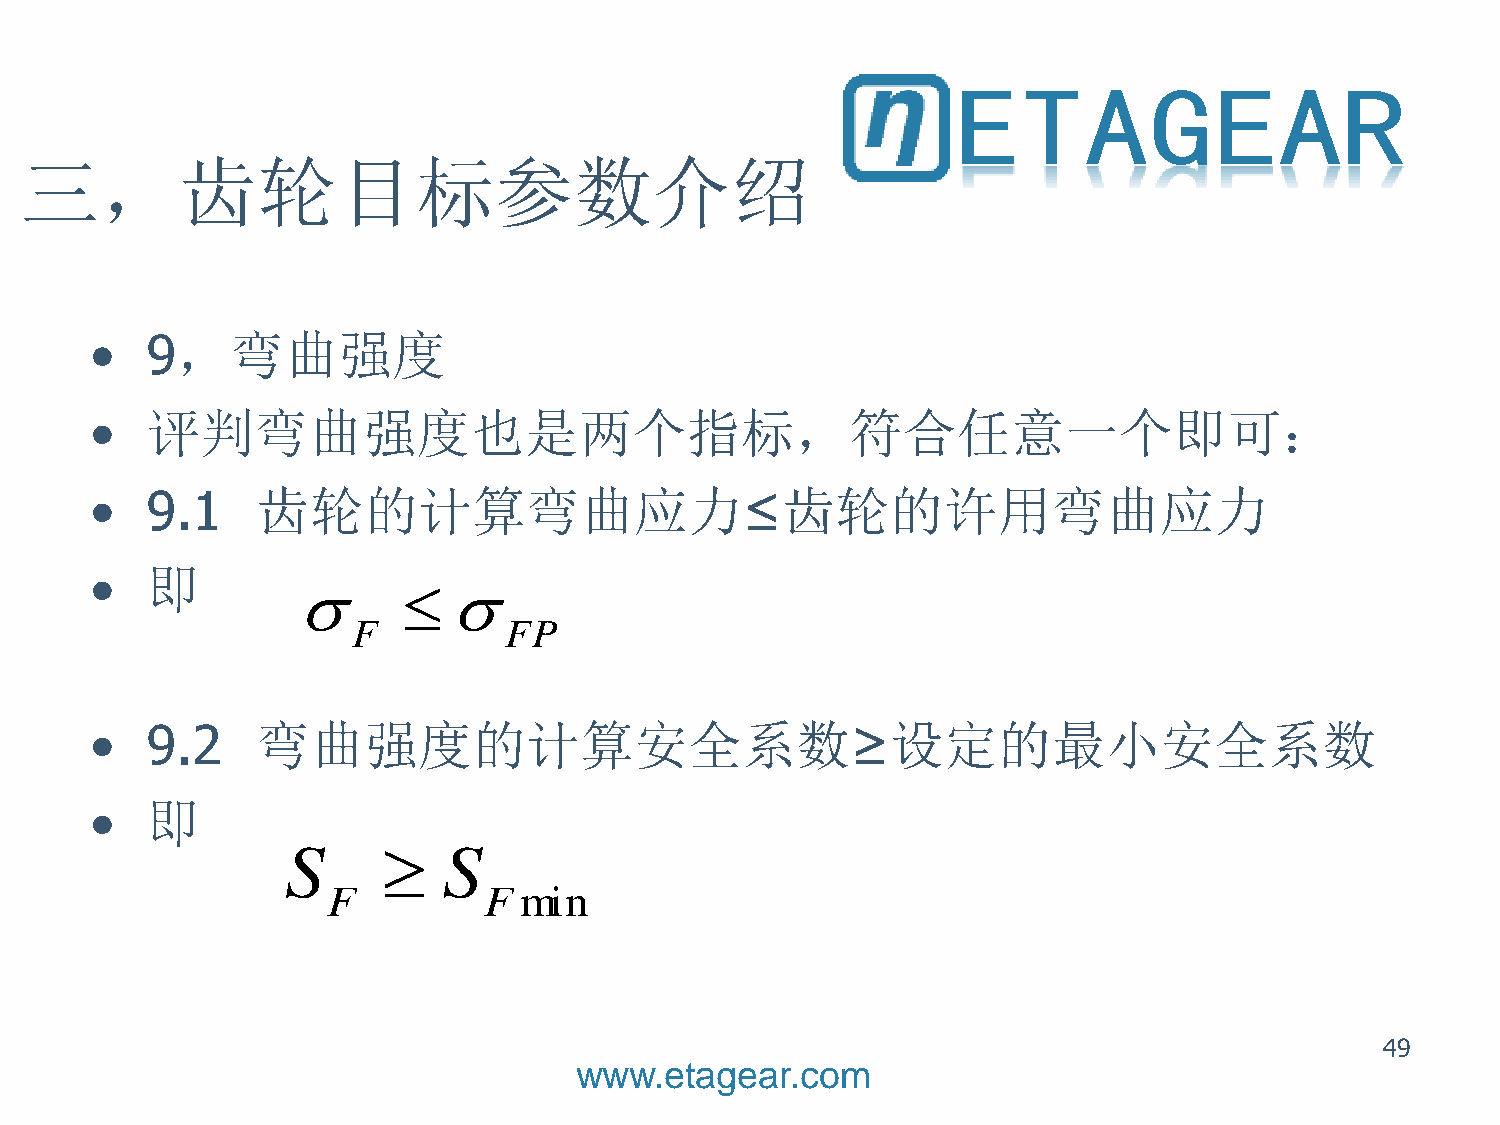
三，齿轮目标参数介绍
 •   9，弯曲强度
 •   评判弯曲强度也是两个指标，符合任意一个即可：
 •   9.1    齿轮的计算弯曲应力≤齿轮的许用弯曲应力
 •   即
          
 •   9.2    弯曲强度的计算安全系数≥设定的最小安全系数
 •   即
 49
 www.etagear.com
 S
 F
 F
 
 
 S
 F
 F
 m
 P
 i n